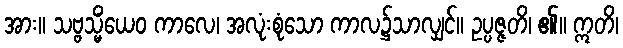
အား။ သဗ္ဗသ္မိံယေဝ ကာလေ၊ အလုံးစုံသော ကာလ၌သာလျှင်။ ဥပ္ပဇ္ဇတိ၊ ၏။ ဣတိ၊